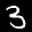
Label: 3